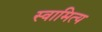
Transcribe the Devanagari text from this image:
स्वामित्य